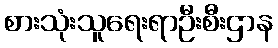
စားသုံးသူရေးရာဦးစီးဌာန